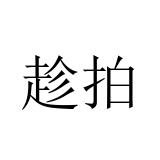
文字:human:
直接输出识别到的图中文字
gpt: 趁拍